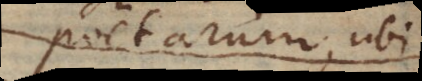
poetarum, ubi